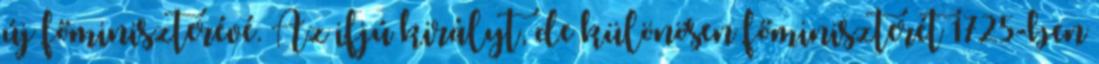
új főminiszterévé. Az ifjú királyt, de különösen főminiszterét 1725-ben